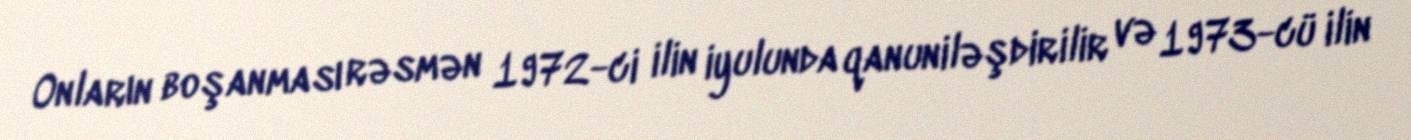
Onların boşanması rəsmən 1972-ci ilin iyulunda qanuniləşdirilir və 1973-cü ilin